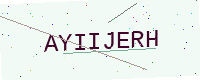
Text: AYIIJERH